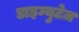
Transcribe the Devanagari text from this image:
डाइम्युटेज़